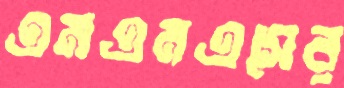
এমএমএসের